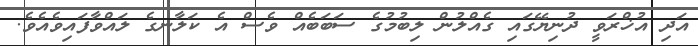
އަދި އުޚްރަވީ ދުނިޔޭގައި ގެއްލުން ލިބުމުގެ ސަބަބެއް ވެސް އެ ކަލާނގެ ލައްވާފައިވެއެވެ.